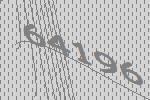
64196